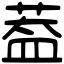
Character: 葢